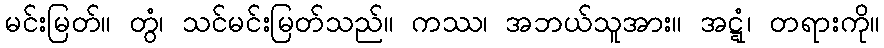
မင်းမြတ်။ တွံ၊ သင်မင်းမြတ်သည်။ ကဿ၊ အဘယ်သူအား။ အဋ္ဋံ၊ တရားကို။